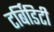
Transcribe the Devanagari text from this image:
टर्बिडिटी